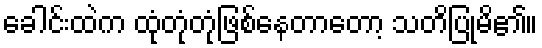
ခေါင်းထဲက ထုံတုံတုံဖြစ်နေတာတော့ သတိပြုမိ၏။